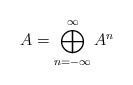
LaTeX: \begin{align*}A = \bigoplus_{n = -\infty}^{\infty} A^n\end{align*}